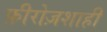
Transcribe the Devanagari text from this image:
फ़ीरोज़शाही